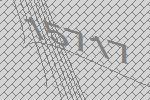
15717